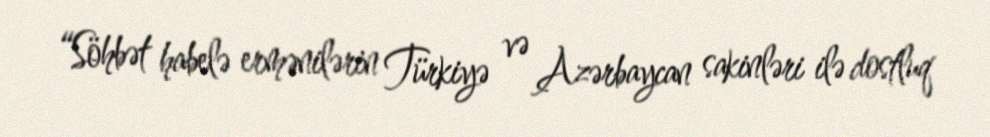
“Söhbət habelə ermənilərin Türkiyə və Azərbaycan sakinləri ilə dostluq